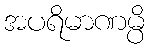
အပရိမာဏမ္ပိ